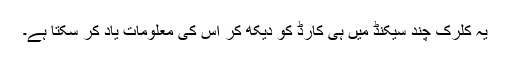
یہ کلرک چند سیکنڈ میں ہی کارڈ کو دیکھ کر اس کی معلومات یاد کر سکتا ہے۔